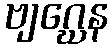
ဗျဂ္ဃေန